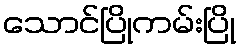
သောင်ပြိုကမ်းပြို